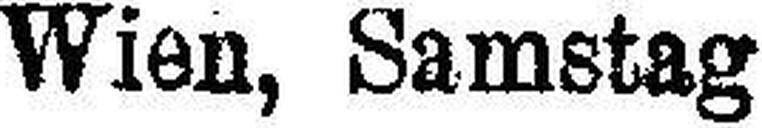
Wien, Samstag